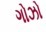
ગોઝો